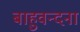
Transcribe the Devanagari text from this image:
बाहुवन्दना